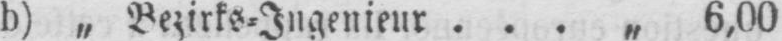
b) „ Bezirks⸗Ingenieur ... „ 6,00